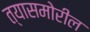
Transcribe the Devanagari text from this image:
त्यासमोरील